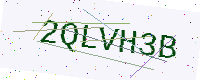
Text: 2QLVH3B